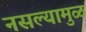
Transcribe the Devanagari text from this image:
नसल्यामुळं